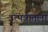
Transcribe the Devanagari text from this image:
उत्पन्नातला